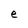
Character: e